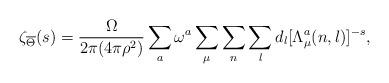
LaTeX: \begin{align*}\zeta_{\overline{\Theta}}(s)= {\Omega \over 2\pi (4 \pi \rho^2 )}\sum_a \omega^a \sum_{\mu} \sum_n \sum_l d_l [ \Lambda_{\mu}^a(n,l) ]^{-s},\end{align*}